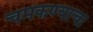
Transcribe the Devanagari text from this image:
चमकण्याचा